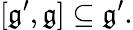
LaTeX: [{\mathfrak{g^{\prime}}},{\mathfrak{g}}]\subseteq{\mathfrak{g^{\prime}}}.